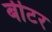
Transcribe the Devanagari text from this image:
बीटर